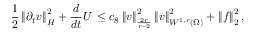
\frac { 1 } { 2 } \left\lVert \partial _ { t } \boldsymbol { v } \right\rVert _ { H } ^ { 2 } + \frac { d } { d t } U \, \leq c _ { 8 } \left\lVert \boldsymbol { v } \right\rVert _ { \frac { 2 r } { r - 2 } } ^ { 2 } \left\lVert \boldsymbol { v } \right\rVert _ { W ^ { 1 , r } ( \Omega ) } ^ { 2 } + \left\lVert \boldsymbol { f } \right\rVert _ { 2 } ^ { 2 } ,